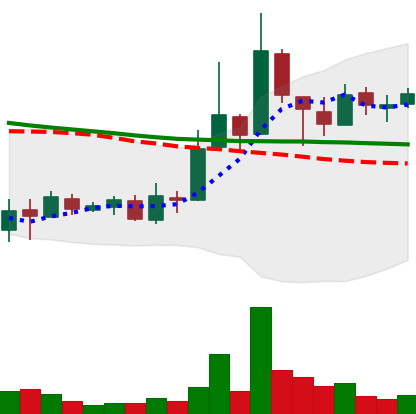
Ticker: XLM-USD
Chart end date: 2018-09-30
Forward return: -5.55%
Label: down_5_7